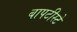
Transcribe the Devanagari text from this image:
बापटीस्टे